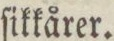
ſikkårer.